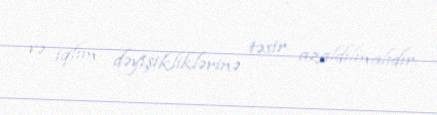
və iqlim dəyişikliklərinə təsir azaldılmalıdır.